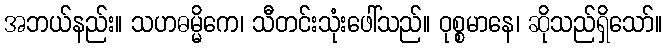
အဘယ်နည်း။ သဟဓမ္မိကေ၊ သီတင်းသုံးဖေါ်သည်။ ဝုစ္စမာနေ၊ ဆိုသည်ရှိသော်။